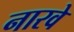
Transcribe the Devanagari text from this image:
नारवे